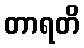
တာရတိ